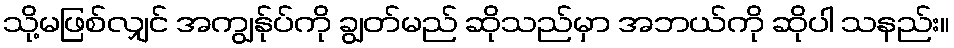
သို့မဖြစ်လျှင် အကျွန်ုပ်ကို ချွတ်မည် ဆိုသည်မှာ အဘယ်ကို ဆိုပါ သနည်း။